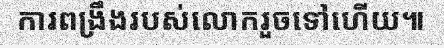
ការពង្រឹងរបស់លោករួចទៅហើយ៕